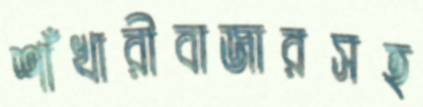
শাঁখারীবাজারসহ